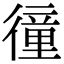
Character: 徸